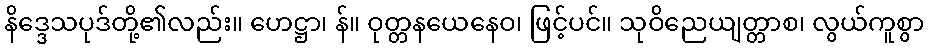
နိဒ္ဒေသပုဒ်တို့၏လည်း။ ဟေဋ္ဌာ၊ န်။ ဝုတ္တနယေနေဝ၊ ဖြင့်ပင်။ သုဝိညေယျတ္တာစ၊ လွယ်ကူစွာ